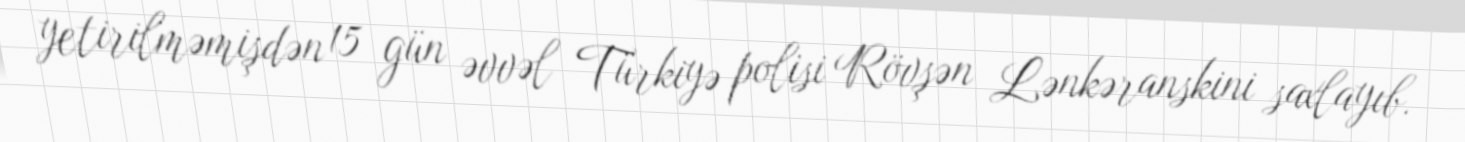
yetirilməmişdən 15 gün əvvəl Türkiyə polisi Rövşən Lənkəranskini saxlayıb.